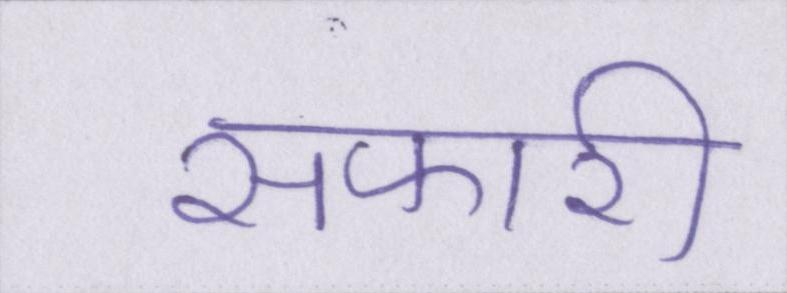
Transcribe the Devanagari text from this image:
सफारी